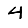
Digit: 4